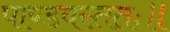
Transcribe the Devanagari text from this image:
पाण्डवस्ततः॥